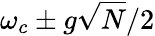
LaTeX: \omega_{c}\pm g\sqrt{N}/2